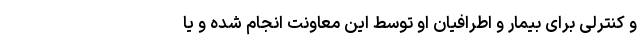
و کنترلی برای بیمار و اطرافیان‌ او توسط این معاونت انجام شده و یا